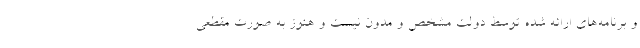
و برنامه‌های ارائه شده توسط دولت مشخص و مدون نیست و هنوز به صورت مقطعی